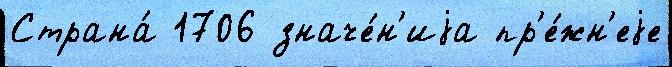
Страна́ 1706 значе́н'иjа пр'е́жн'еjе